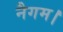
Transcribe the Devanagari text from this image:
नैगम।